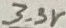
Text: 3.3V